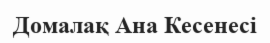
Домалақ Ана Кесенесі